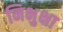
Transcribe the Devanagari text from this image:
निभुक्षा